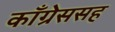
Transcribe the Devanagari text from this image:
काँग्रेससह